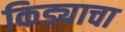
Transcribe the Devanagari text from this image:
किड्याचा